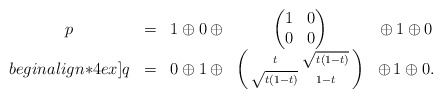
\begin{align*}\begin{matrix}p&=&1\oplus0\,\oplus&\begin{pmatrix}1&0\\0&0\end{pmatrix}&\oplus\,1\oplus0 \\begin{align*}4ex]q&=&0\oplus1\,\oplus&\left(\begin{smallmatrix} t&\sqrt{t(1-t)}\\ \sqrt{t(1-t)}&1-t\end{smallmatrix}\right)&\oplus\,1\oplus0.\end{matrix}\end{align*}